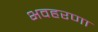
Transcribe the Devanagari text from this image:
भवहरणा